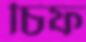
চিফ